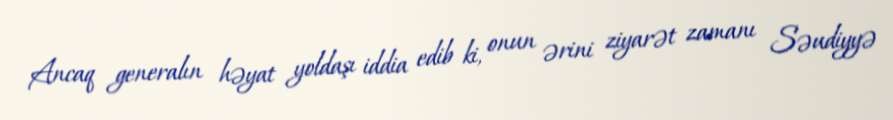
Ancaq generalın həyat yoldaşı iddia edib ki, onun ərini ziyarət zamanı Səudiyyə